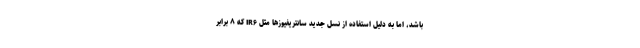
باشد، اما به دلیل استفاده از نسل جدید سانتریفیوزها مثل IR۶ که ۸ برابر